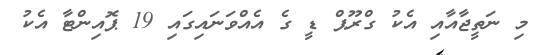
މި ނަތީޖާއާއި އެކު ގްރޫޕް ޑީ ގެ އެއްވަނައިގައި 19 ޕޮއިންޓާ އެކު